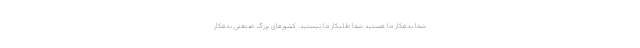
شما بدهکار ما هستید شما طلبکار ما نیستید. کشورهای بزرگ صنعتی بدهکار